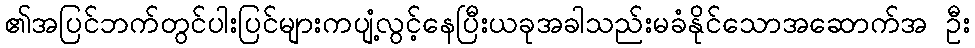
၏အပြင်ဘက်တွင်ပါးပြင်များကပျံ့လွင့်နေပြီးယခုအခါသည်းမခံနိုင်သောအဆောက်အ ဦး